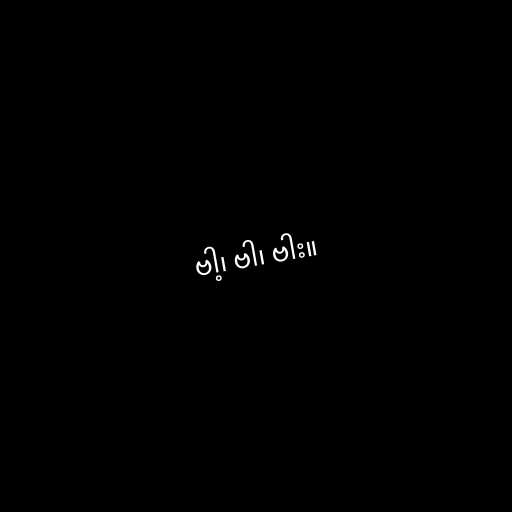
ဗါ့၊ ဗါ၊ ဗါး။